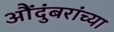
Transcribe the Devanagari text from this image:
औंदुंबरांच्या